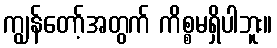
ကျွန်တော့်အတွက် ကိစ္စမရှိပါဘူး။